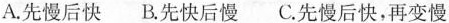
A.先慢后快 B.先快后慢 C.先慢后快，在变慢